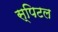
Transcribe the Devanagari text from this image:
स्पिटल